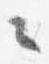
々